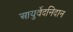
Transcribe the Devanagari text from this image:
आयुर्वेदनिदान